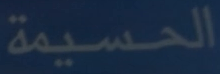
الحسيمة